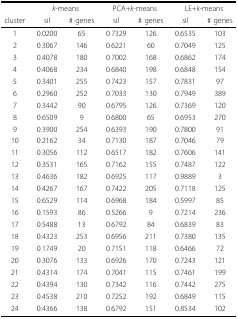
<table><thead><tr><td></td><td colspan="2"><b><i>k</i>-means</b></td><td colspan="2"><b>PCA+<i>k</i>-means</b></td><td colspan="2"><b>LE+<i>k</i>-means</b></td></tr><tr><td><b>cluster</b></td><td><b>sil</b></td><td><b># genes</b></td><td><b>sil</b></td><td><b># genes</b></td><td><b>sil</b></td><td><b># genes</b></td></tr></thead><tbody><tr><td>1</td><td>0.0200</td><td>65</td><td>0.7329</td><td>126</td><td>0.6535</td><td>103</td></tr><tr><td>2</td><td>0.3067</td><td>146</td><td>0.6221</td><td>60</td><td>0.7049</td><td>125</td></tr><tr><td>3</td><td>0.4078</td><td>180</td><td>0.7002</td><td>168</td><td>0.6862</td><td>174</td></tr><tr><td>4</td><td>0.4068</td><td>234</td><td>0.6840</td><td>198</td><td>0.6848</td><td>154</td></tr><tr><td>5</td><td>0.3401</td><td>255</td><td>0.7423</td><td>157</td><td>0.7831</td><td>97</td></tr><tr><td>6</td><td>0.2960</td><td>252</td><td>0.7033</td><td>130</td><td>0.7949</td><td>389</td></tr><tr><td>7</td><td>0.3442</td><td>90</td><td>0.6795</td><td>126</td><td>0.7369</td><td>120</td></tr><tr><td>8</td><td>0.6509</td><td>9</td><td>0.6800</td><td>65</td><td>0.6953</td><td>270</td></tr><tr><td>9</td><td>0.3900</td><td>254</td><td>0.6393</td><td>190</td><td>0.7800</td><td>91</td></tr><tr><td>10</td><td>0.2162</td><td>34</td><td>0.7130</td><td>187</td><td>0.7046</td><td>79</td></tr><tr><td>11</td><td>0.3056</td><td>112</td><td>0.6517</td><td>182</td><td>0.7606</td><td>141</td></tr><tr><td>12</td><td>0.3531</td><td>165</td><td>0.7162</td><td>155</td><td>0.7487</td><td>122</td></tr><tr><td>13</td><td>0.4636</td><td>182</td><td>0.6925</td><td>117</td><td>0.9889</td><td>3</td></tr><tr><td>14</td><td>0.4267</td><td>167</td><td>0.7422</td><td>205</td><td>0.7118</td><td>125</td></tr><tr><td>15</td><td>0.6529</td><td>114</td><td>0.6968</td><td>184</td><td>0.5997</td><td>85</td></tr><tr><td>16</td><td>0.1593</td><td>86</td><td>0.5266</td><td>9</td><td>0.7214</td><td>236</td></tr><tr><td>17</td><td>0.5488</td><td>13</td><td>0.6792</td><td>84</td><td>0.6839</td><td>83</td></tr><tr><td>18</td><td>0.4323</td><td>253</td><td>0.6956</td><td>211</td><td>0.7380</td><td>135</td></tr><tr><td>19</td><td>0.1749</td><td>20</td><td>0.7151</td><td>118</td><td>0.6466</td><td>72</td></tr><tr><td>20</td><td>0.3076</td><td>133</td><td>0.6926</td><td>170</td><td>0.7243</td><td>121</td></tr><tr><td>21</td><td>0.4314</td><td>174</td><td>0.7041</td><td>115</td><td>0.7461</td><td>199</td></tr><tr><td>22</td><td>0.4394</td><td>130</td><td>0.7342</td><td>116</td><td>0.7442</td><td>275</td></tr><tr><td>23</td><td>0.4538</td><td>210</td><td>0.7252</td><td>192</td><td>0.6849</td><td>115</td></tr><tr><td>24</td><td>0.4366</td><td>138</td><td>0.6792</td><td>151</td><td>0.8534</td><td>102</td></tr></tbody></table>